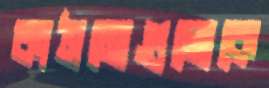
কাঠামোগুলোকে